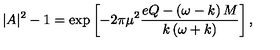
| A | ^ { 2 } - 1 = \exp \left[ - 2 \pi \mu ^ { 2 } \frac { e Q - \left( \omega - k \right) M } { k \left( \omega + k \right) } \right] ,